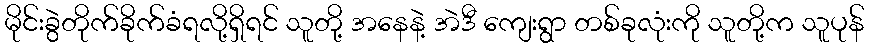
မိုင်းခွဲတိုက်ခိုက်ခံရလို့ရှိရင် သူတို့ အနေနဲ့ အဲဒီ ကျေးရွာ တစ်ခုလုံးကို သူတို့က သူပုန်